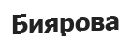
Биярова